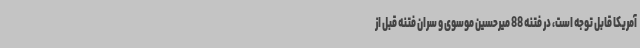
آمریکا قابل توجه است، در فتنه 88 میرحسین موسوی و سران فتنه قبل از